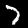
Label: 7